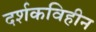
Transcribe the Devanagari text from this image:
दर्शकविहीन